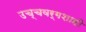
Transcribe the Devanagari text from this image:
उच्चवर्गशाही